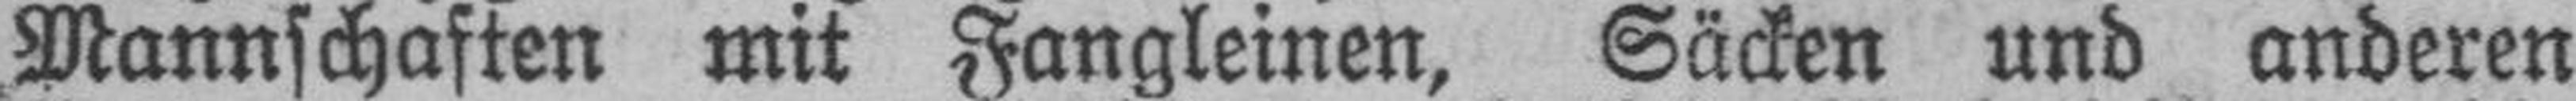
Mannschaften mit Fangleinen, Säcken und anderen